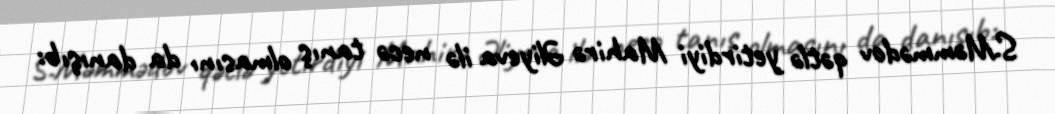
S.Məmmədov qətlə yetirdiyi Mahirə Əliyeva ilə necə tanış olmasını da danışıb: